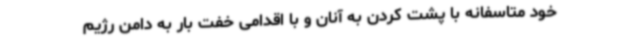
خود متاسفانه با پشت کردن به آنان و با اقدامی خفت بار به دامن رژیم